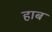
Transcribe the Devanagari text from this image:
हाब